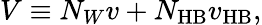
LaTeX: V\equiv N_{W}v+N_{\mathrm{HB}}v_{\mathrm{HB}},